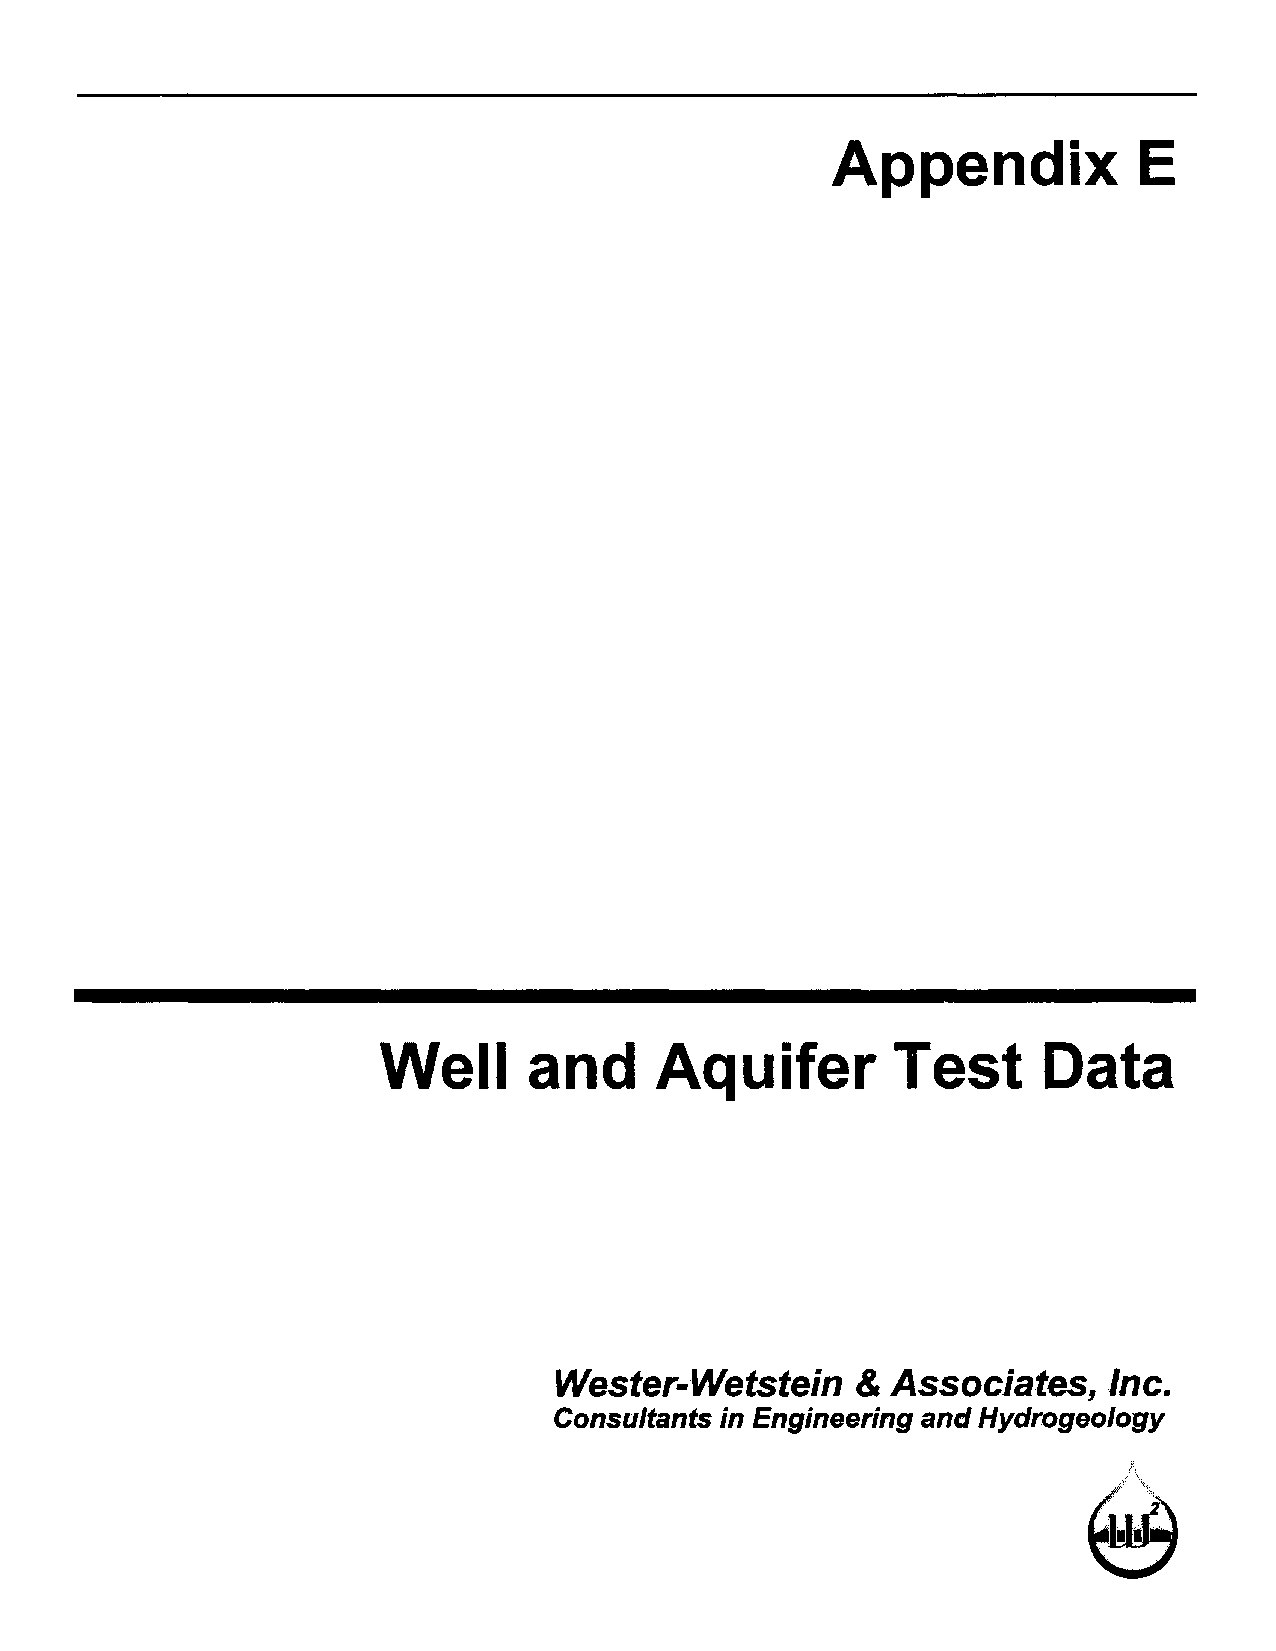
Appendix             E
 Well      and      Aquifer        Test      Data
 Wester-Wetstein     & Associates,    Inc.
 Consultants in Engineering and Hydrogeology
 ..
 ,.< '.\'.'* :
 ~"2
 ....•.
 " '